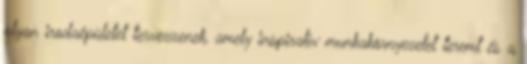
olyan irodaépületet tervezzenek, amely inspiratív munkakörnyezetet teremt és a